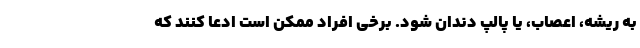
به ریشه، اعصاب، یا پالپ دندان شود. برخی افراد ممکن است ادعا کنند که